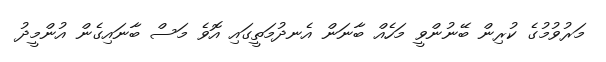
މަރުވުމުގެ ކުރިން ބޭނުންވީ މަހެއް ބާނަން އެނދުމަތީގައި އޮވެ މަސް ބާނައިގެން އުންމީދު